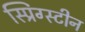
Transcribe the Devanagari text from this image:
स्प्रिंग्स्टीन